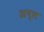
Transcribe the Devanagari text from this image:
अप्ल